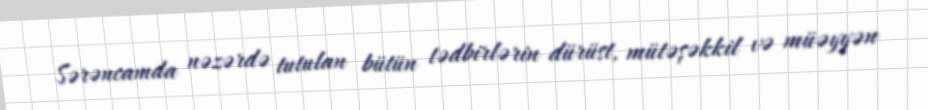
Sərəncamda nəzərdə tutulan bütün tədbirlərin dürüst, mütəşəkkil və müəyyən